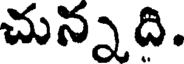
చున్నది.